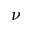
\nu